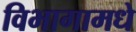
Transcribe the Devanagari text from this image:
विभागामधे